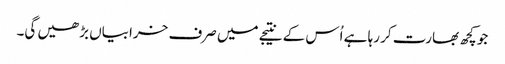
جو کچھ بھارت کر رہا ہے اُس کے نتیجے میں صرف خرابیاں بڑھیں گی۔